Annual report on the Civil Veterinary Department, Burma (including the Insein Veterinary School) - 1910-1922
Year: 1910
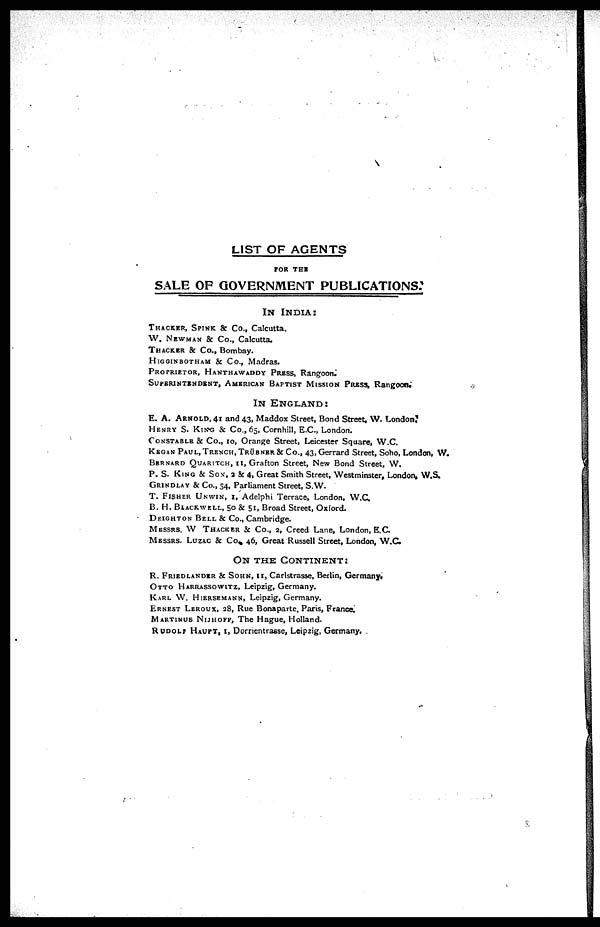
LIST OF AGENTS
FOR TEE
SALE OF GOVERNMENT PUBLICATIONS.
IN INDIA:
THACKER, SPINK & Co., Calcutta.
W. NEWMAN & Co., Calcutta.
THACKER & Co., Bombay.
HIGGINBOTHAM & Co., Madras.
PROPRIETOR, HANTHAWADDY PRESS, Rangoon.
SUPERINTENDENT, AMERICAN BAPTIST MISSION PRESS, Rangoon.
IN ENGLAND:
E. A. ARNOLD, 41 and 43, Maddox Street, Bond Street, W. London,
HENRY S. KING & Co., 65, Cornhill, E.C., London.
CONSTABLE & Co., 10, Orange Street, Leicester Square, W.C.
KEGAN PAUL, TRENCH, TRÜBNER & Co., 43, Gerrard Street, Soho, London, W.
BERNARD QUARITCH, 11, Grafton Street, New Bond Street, W.
P. S. KING & Sox, 2 & 4, Great Smith Street, Westminster, London, W.S.
GRINDLAY & Co., 54, Parliament Street, S.W.
T. FISHER UNWIN, 1, Adelphi Terrace, London, W.C.
B. H. BIACKWELL, 50 & 51 Broad Street, Oxford.
DEIGHTON BELL & Co., Cambridge.
MESSRS. W THACKER & Co., 2, Creed Lane, London, E.C.
MESSRS. LUZAC & Co., 46, Great Russell Street, London, W.C.
ON THE CONTINENT:
R. FRIEDLANDER & SOHN, 11, Carlstrasse, Berlin, Germany. OTTO HARRASSOWITZ, Leipzig, Germany.
KARL W. HIERSEMANN, Leipzig, Germany.
ERNEST LEROUX, 28, Rue Bonaparte, Paris, France. MARTINUS NIJHOFF, The Hague, Holland. RUDOLF H